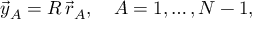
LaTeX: \vec { y } _ { A } = R \, \vec { r } _ { A } , \quad A = 1 , \dots , N - 1 ,